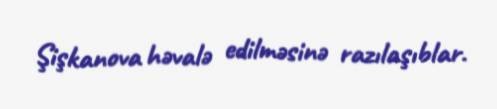
Şişkanova həvalə edilməsinə razılaşıblar.